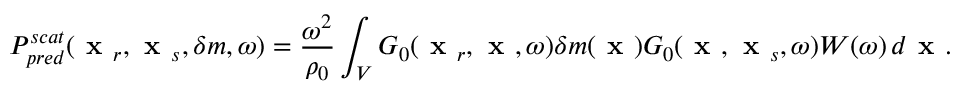
P _ { p r e d } ^ { s c a t } ( \textbf { x } _ { r } , \textbf { x } _ { s } , \delta m , \omega ) = \frac { \omega ^ { 2 } } { \rho _ { 0 } } \int _ { V } G _ { 0 } ( \textbf { x } _ { r } , \textbf { x } , \omega ) \delta m ( \textbf { x } ) G _ { 0 } ( \textbf { x } , \textbf { x } _ { s } , \omega ) W ( \omega ) \, d \textbf { x } .